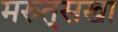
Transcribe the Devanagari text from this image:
मरुत्‌सखा